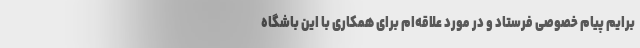
برایم پیام خصوصی فرستاد و در مورد علاقه‌ام برای همکاری با این باشگاه